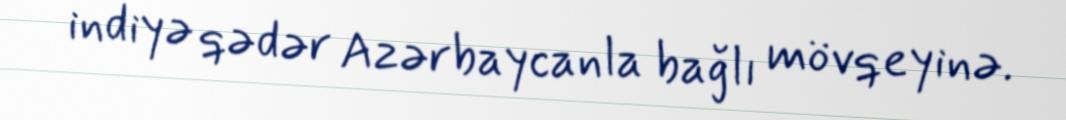
indiyə qədər Azərbaycanla bağlı mövqeyinə.